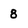
Character: 8